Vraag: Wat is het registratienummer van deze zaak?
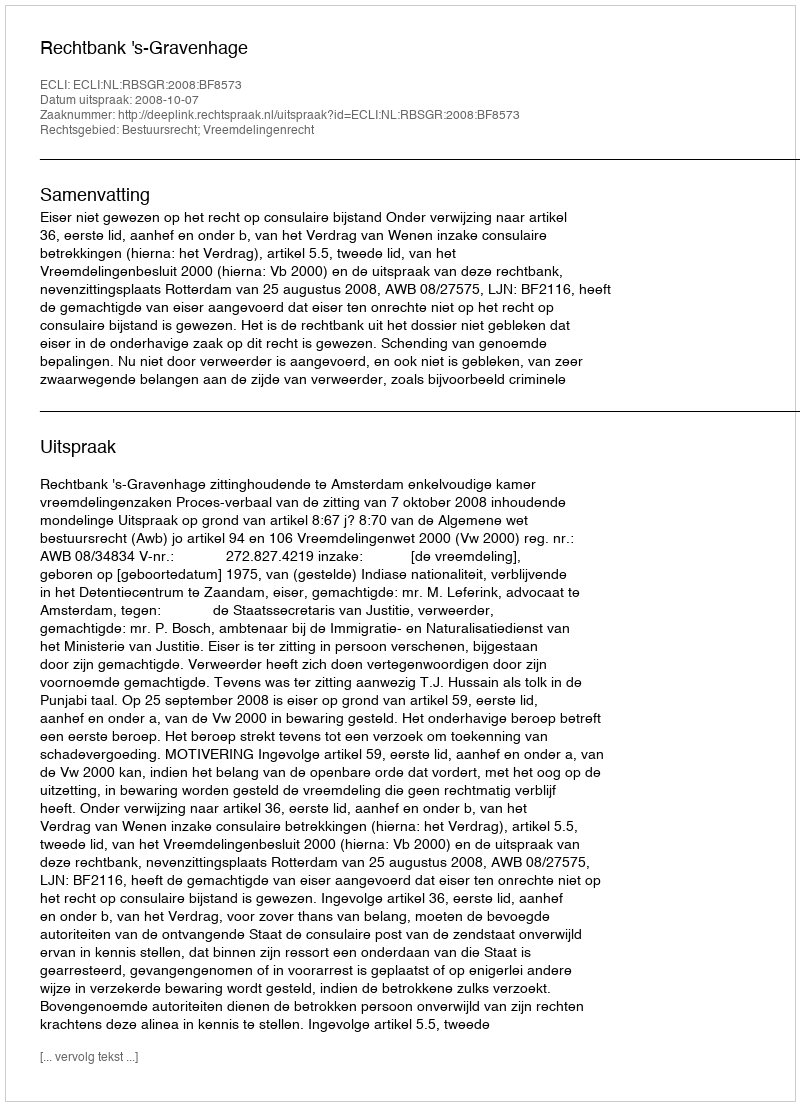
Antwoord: http://deeplink.rechtspraak.nl/uitspraak?id=ECLI:NL:RBSGR:2008:BF8573